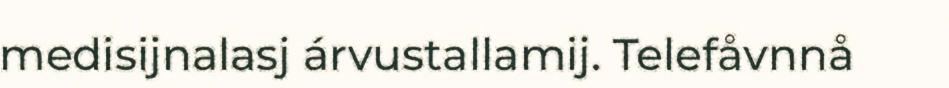
medisijnalasj árvustallamij. Telefåvnnå